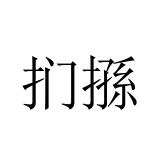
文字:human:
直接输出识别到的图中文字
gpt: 扪搎